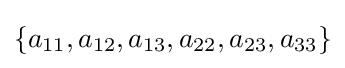
\{a_{11},a_{12},a_{13},a_{22},a_{23},a_{33}\}